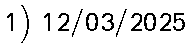
1) 12/03/2025